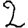
Digit: 2